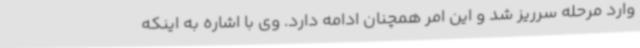
وارد مرحله سرریز شد و این امر همچنان ادامه دارد. وی با اشاره به اینکه